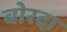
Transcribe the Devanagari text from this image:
बोरदा